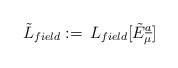
LaTeX: \begin{align*}\tilde L_{field}:=\,L_{field}[\tilde E_\mu\sp{\underline{a}}]\end{align*}